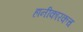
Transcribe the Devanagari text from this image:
हानीकारकच